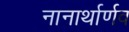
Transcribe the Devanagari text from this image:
नानार्थार्णव